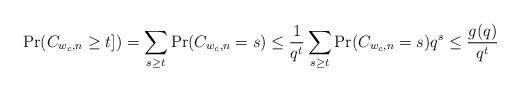
LaTeX: \begin{align*}\Pr(C_{w_c, n} \geq t]) = \sum_{s \geq t} \Pr(C_{w_c, n} = s)\leq \frac{1}{q^t} \sum_{s \geq t} \Pr(C_{w_c, n} = s)q^s \leq \frac{g(q)}{q^t}\end{align*}